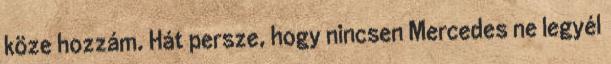
köze hozzám. Hát persze, hogy nincsen Mercedes ne legyél